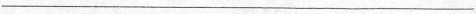
___